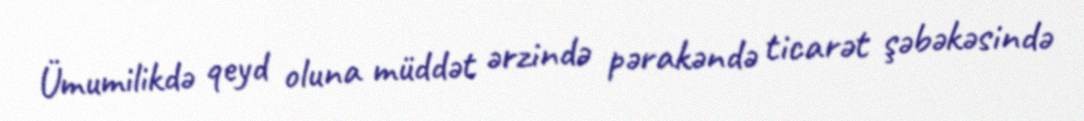
Ümumilikdə qeyd oluna müddət ərzində pərakəndə ticarət şəbəkəsində